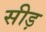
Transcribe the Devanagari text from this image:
सीड़